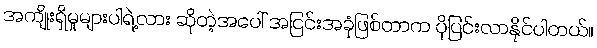
အကျိုးရှိမှုများပါရဲ့လား ဆိုတဲ့အပေါ် အငြင်းအခုံဖြစ်တာက ပိုပြင်းလာနိုင်ပါတယ်။